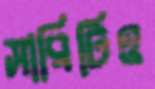
সারিটিও